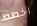
اخطط